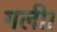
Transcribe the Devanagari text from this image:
गली।